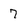
Character: 7